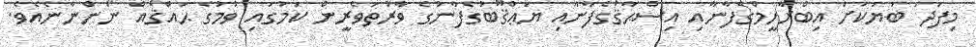
މިފަދަ ބަޔަކަށް އިބްރާހީމްގެފާނާއި އިސްޙާޤުގެފާނާއި ޔަޢްޤޫބުގެފާނުގެ ވާރުތަވެރީން ކަމުގައި ވުމުގެ ޙައްޤެއް ނޯންނާނެއެވެ.